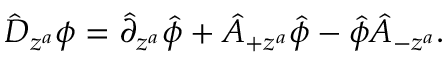
\hat { D } _ { z ^ { a } } \phi = \hat { \partial } _ { z ^ { a } } \hat { \phi } + \hat { A } _ { + z ^ { a } } \hat { \phi } - \hat { \phi } \hat { A } _ { - z ^ { a } } .